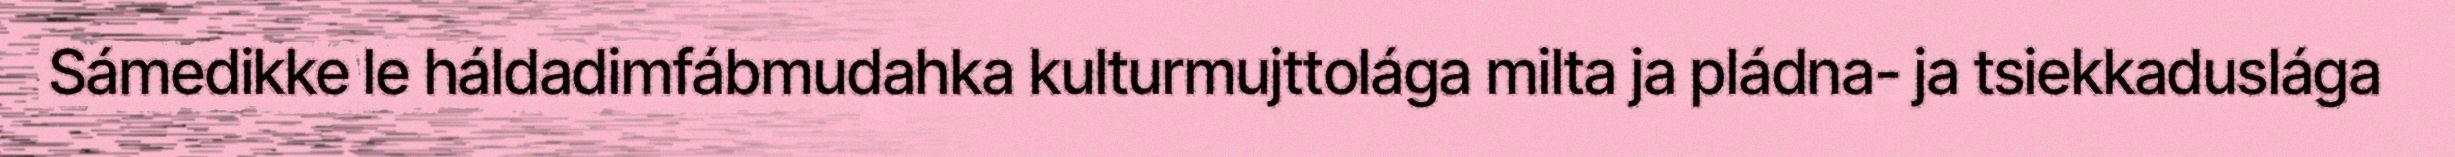
Sámedikke le háldadimfábmudahka kulturmujttolága milta ja pládna- ja tsiekkaduslága